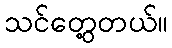
သင်တွေ့တယ်။